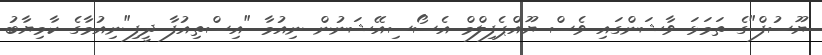
ޔޫސުފް"ގެ ތަމަޅަ ވާޝަންގައި ވެސް ޔޫއްޕެފިލްމް އެސޯސިއޭޝަނުން ނިއުމާ "އިސްތިއުފާ ދީފި"ނިއުމާގެ ކާމިޔާބު